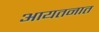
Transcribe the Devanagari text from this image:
आयतनात